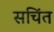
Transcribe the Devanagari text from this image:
सचिंत